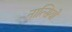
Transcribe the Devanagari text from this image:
नात्सियों